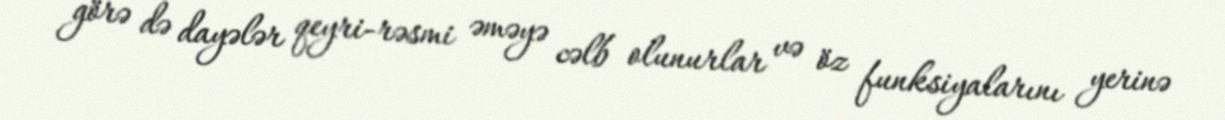
görə də dayələr qeyri-rəsmi əməyə cəlb olunurlar və öz funksiyalarını yerinə